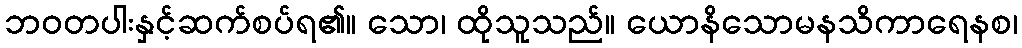
ဘဝတပါးနှင့်ဆက်စပ်ရ၏။ သော၊ ထိုသူသည်။ ယောနိသောမနသိကာရေနစ၊